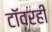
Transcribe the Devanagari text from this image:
टॉवरही